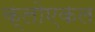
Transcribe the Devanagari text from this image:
क्लोएकल